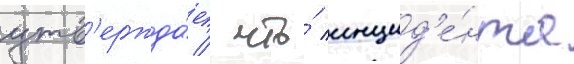
утв'ержда́ет / что́ инцид'е́нта